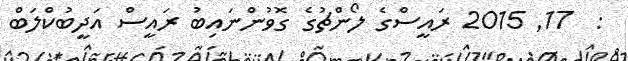
:  17